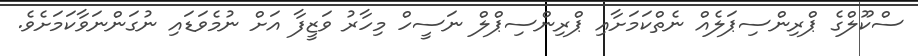
ސްކޫލްގެ ޕްރިންސިޕަލެއް ނެތްކަމަށާއި ޕްރިންސިޕްލް ނަސީހް މިހާރު ވަޒީފާ އަށް ނުމެވަޑައި ނުގަންނަވާކަމަށެވެ.